Punjab Mental Hospital Lahore 1922-31 - 1922-1931
Year: 1922
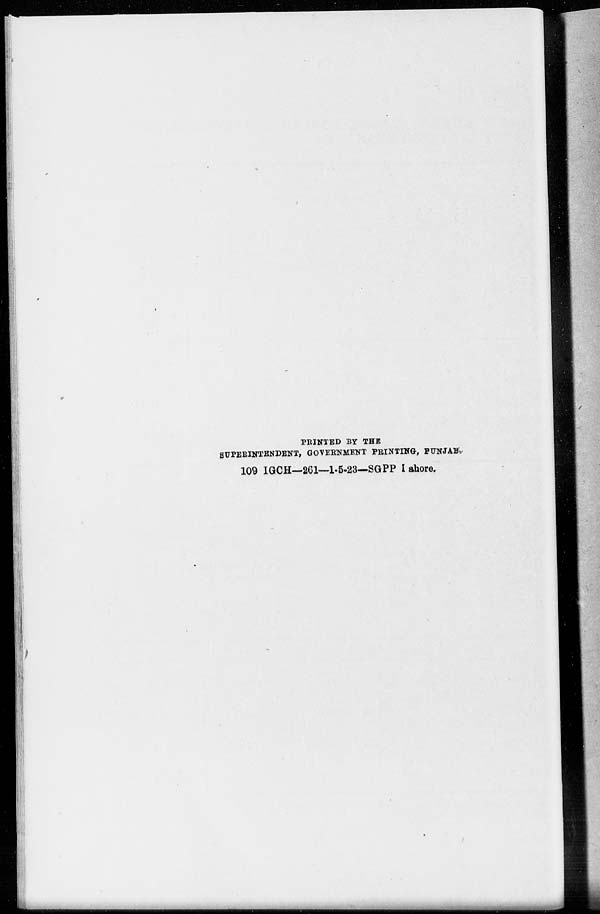
PRINTED BY THE
SUPERINTENDENT, GOVERNMENT PRINTING, PUNJAB.
109 IGCH—261—1-5-23—SGPP Lahore.